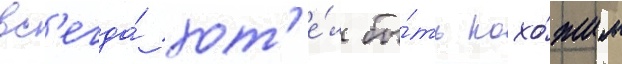
вс'егда́ хот'е́л бы́ть похо́жим